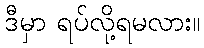
ဒီမှာ ရပ်လို့ရမလား။